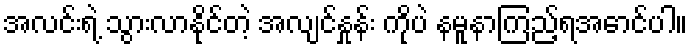
အလင်းရဲ့ သွားလာနိုင်တဲ့ အလျင်နှုန်း ကိုပဲ နမူနာကြည့်ရအောင်ပါ။